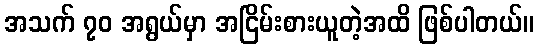
အသက် ၇၀ အရွယ်မှာ အငြိမ်းစားယူတဲ့အထိ ဖြစ်ပါတယ်။